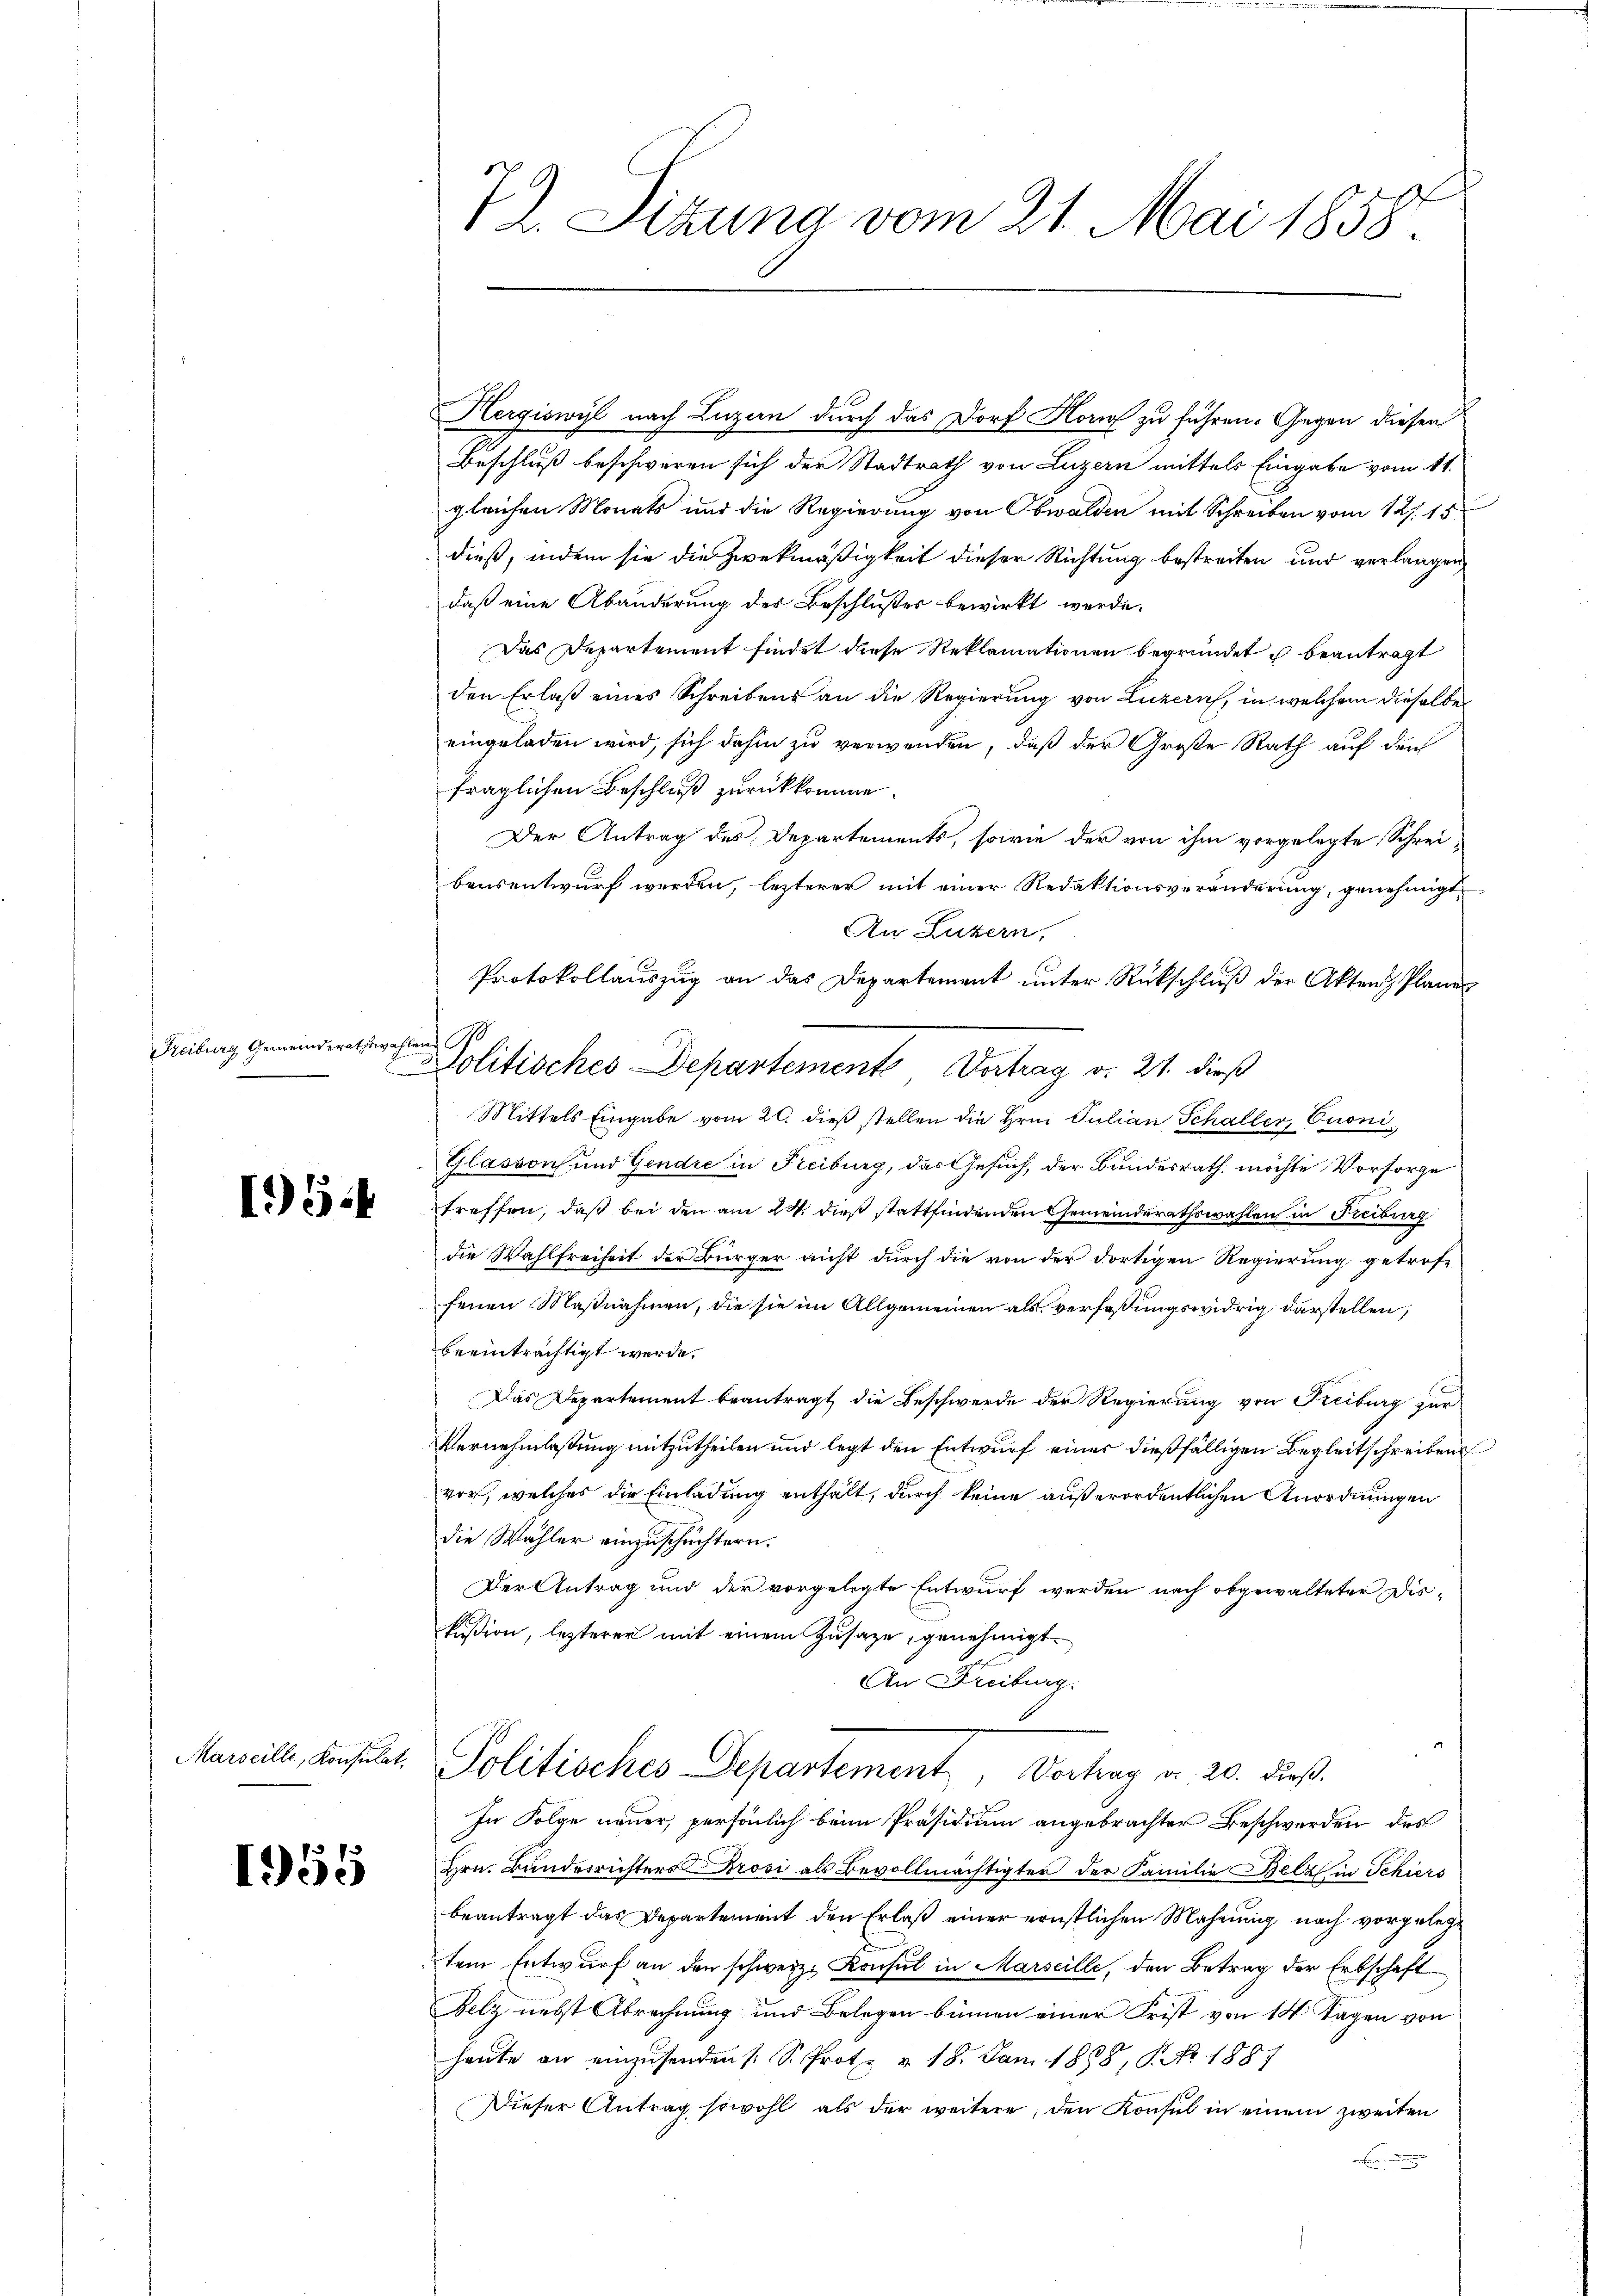
Freiburg Gemeinderathswahlen. I

1).

Marseille, Konsulat

1955

72. Sitzung vom 21. Mai 1858.

Hergiswyl nach Luzern durch das Dorf Horn zu führen. Gegen diesen
Beschluß beschweren sich der Stadtrath von Luzern mittels Eingabe vom 11.
gleichen Monats und die Regierung von Obwalden mit Schreiben vom 12. 15
dieß, indem sie die Zweckmäßigkeit dieser Richtung bestreiten und verlangen
daß eine Abänderung der Beschlußes bewirkt werde.
Das Departement findet diese Reklamationen begründet u beantragt
den Erlaß eines Schreibens an die Regierung von Luzern, in welchem dieselbe
eingeladen wird, sich dahin zu verwenden, daß der Große Rath auf den
fraglichen Beschluß zurückkomme.
Der Antrag des Departements, sowie der von ihm vorgelegte Schreibeusentwurf werden, lezterer mit einer Redaktionsveränderung, genehmigt
An Luzern,
Protokollauszug an das Departement unter Rückschluß der Akten Planes
Lolitisches Departemente Vortrag v. 21. dieß
Mittels Eingabe vom 20. dieß stellen die Hrn. Julian Schaller,   Pioni
Glasson und Gendre in Freiburg, das Gesuch, der Bundesrath möchte Vorsorge
treffen, daß bei den am 24. dieß stattfindenden Gemeinderathswahlen in Freiburg
die Wahlfreiheit der Bürger nicht durch die von der dortigen Regierung getroff
fenen Maßnahmen, die sie im Allgemeinen als verfaßungswidrig darstellen;
beeinträchtigt werde.
Das Departement beantragt die Beschwerde der Regierung von Freiburg zur
Vernehmlassung mitzutheilen und legt den Entwurf einer dießfälligen Begleitschreibens
vor, welches die Einladung enthalt, durch keine außerordentlichen Anordnungen
die Wähler einzuschüchtern.
Der Antrag und der vorgelegte Entwurf werden nach obgewalteter Diskißion, lezterer mit einem Zusage, genehmigt.
An Freiburg.
Politisches Departement, Vortrag d. 20. dieß.
In Folge neuer, persönlich beim Präsidium angebrachter Beschwerden des
Hrn. Bundesrichters Brosi als Bevollmächtigter der Familie Belz in Schiers
beantragt das Departement den Erlaß einer ernstlichen Mahnung nach vorgelegtem Entwurf an den schweiz. Konsul in Marseille, den Betrag der Erbschaft
Felz nebst Abrechnung und Belegen binnen einer Frist von 14 Tagen von
heute an einzusenden (S. Protz v. 18. Jan. 1868, P. Nr. 1887
Dieser Antrag sowohl als der weitere, den Konsul in einem zweiten